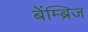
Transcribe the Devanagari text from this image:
बेंम्ब्रिज